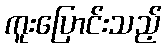
ကူးပြောင်းသည့်